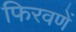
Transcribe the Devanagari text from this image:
फिरवणें